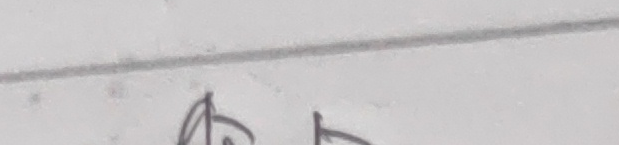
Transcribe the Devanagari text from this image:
किन्